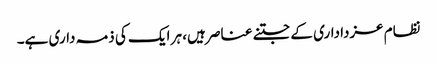
نظام عزداداری کے جتنے عناصر ہیں، ہر ایک کی ذمہ داری ہے۔